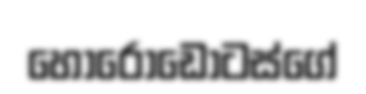
හොරෝඩෝටස්ගේ